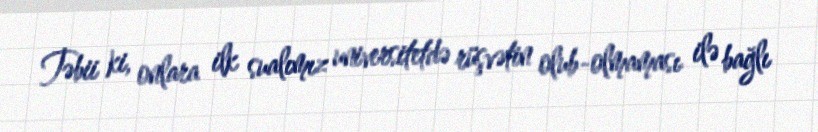
Təbii ki, onlara ilk sualımız universitetdə rüşvətin olub-olmaması ilə bağlı